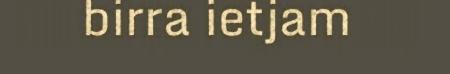
birra ietjam